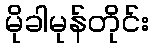
မိုခါမုန်တိုင်း